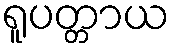
ရူပတ္တာယ